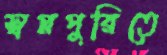
স্বপ্নপুরিতে